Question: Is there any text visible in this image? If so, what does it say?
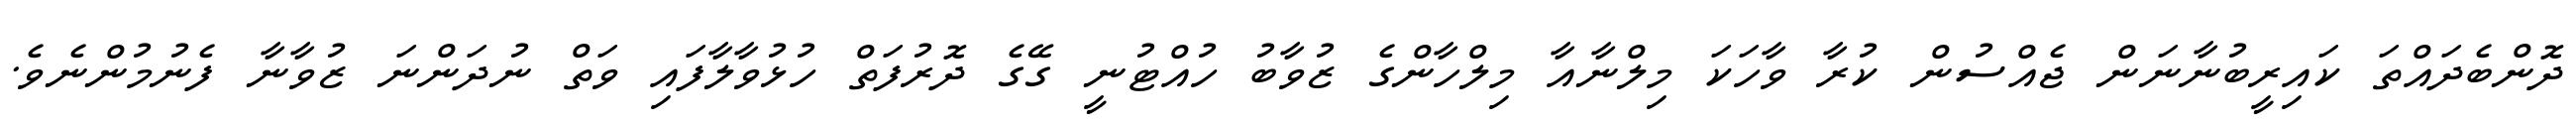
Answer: ދޮންބެދައްތަ ކައިރީބުނާނަން ޖެއްސުން ކުރާ ވާހަކަ މިލްނާއާ މިލްހާންގެ ޒުވާބު ހުއްޓުނީ ގޭގެ ދޮރުފަތް ހުޅުވާލާފައި ވަތް ނުދަންނަ ޒުވާނާ ފެނުމުންނެވެ.